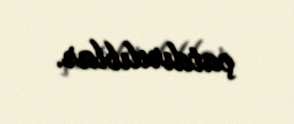
çatdırılıblar.